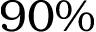
9 0 \%